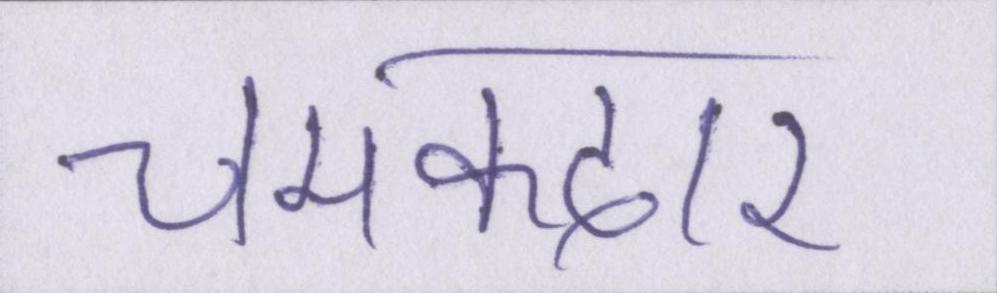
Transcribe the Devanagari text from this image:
चमकदार